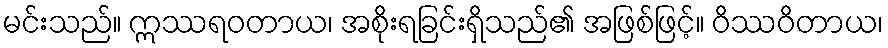
မင်းသည်။ ဣဿရဝတာယ၊ အစိုးရခြင်းရှိသည်၏ အဖြစ်ဖြင့်။ ဝိဿဝိတာယ၊